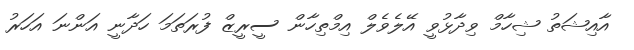
އާއިޝަތު ޝިހާމް ވިދާޅުވީ އޭލެވެލް އިމްތިހާން ސީރީޒް ފުރަތަމަ ހަދާނީ އަންނަ އަހަރު